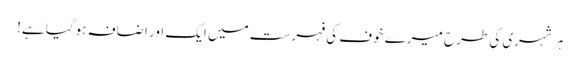
ہر شہری کی طرح میرے خوف کی فہرست میں ایک اور اضافہ ہوگیا ہے!